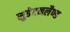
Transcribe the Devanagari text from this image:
सुडेटनलैण्ड